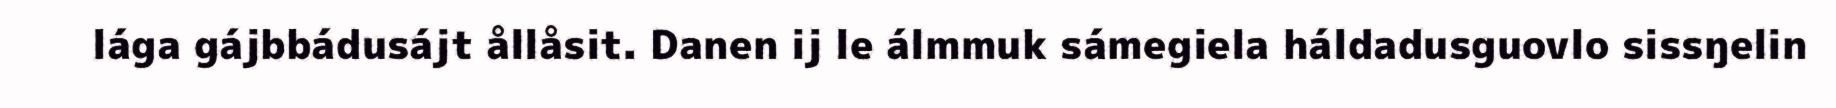
lága gájbbádusájt ållåsit. Danen ij le álmmuk sámegiela háldadusguovlo sissŋelin